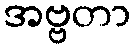
အဗ္ဗတာ